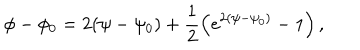
LaTeX: \phi - \phi _ { 0 } = 2 ( \psi - \psi _ { 0 } ) + \frac { 1 } { 2 } \left( e ^ { 2 ( \psi - \psi _ { 0 } ) } - 1 \right) ,